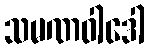
သမဏဝါဒေါ